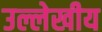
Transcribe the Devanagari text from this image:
उल्लेखीय